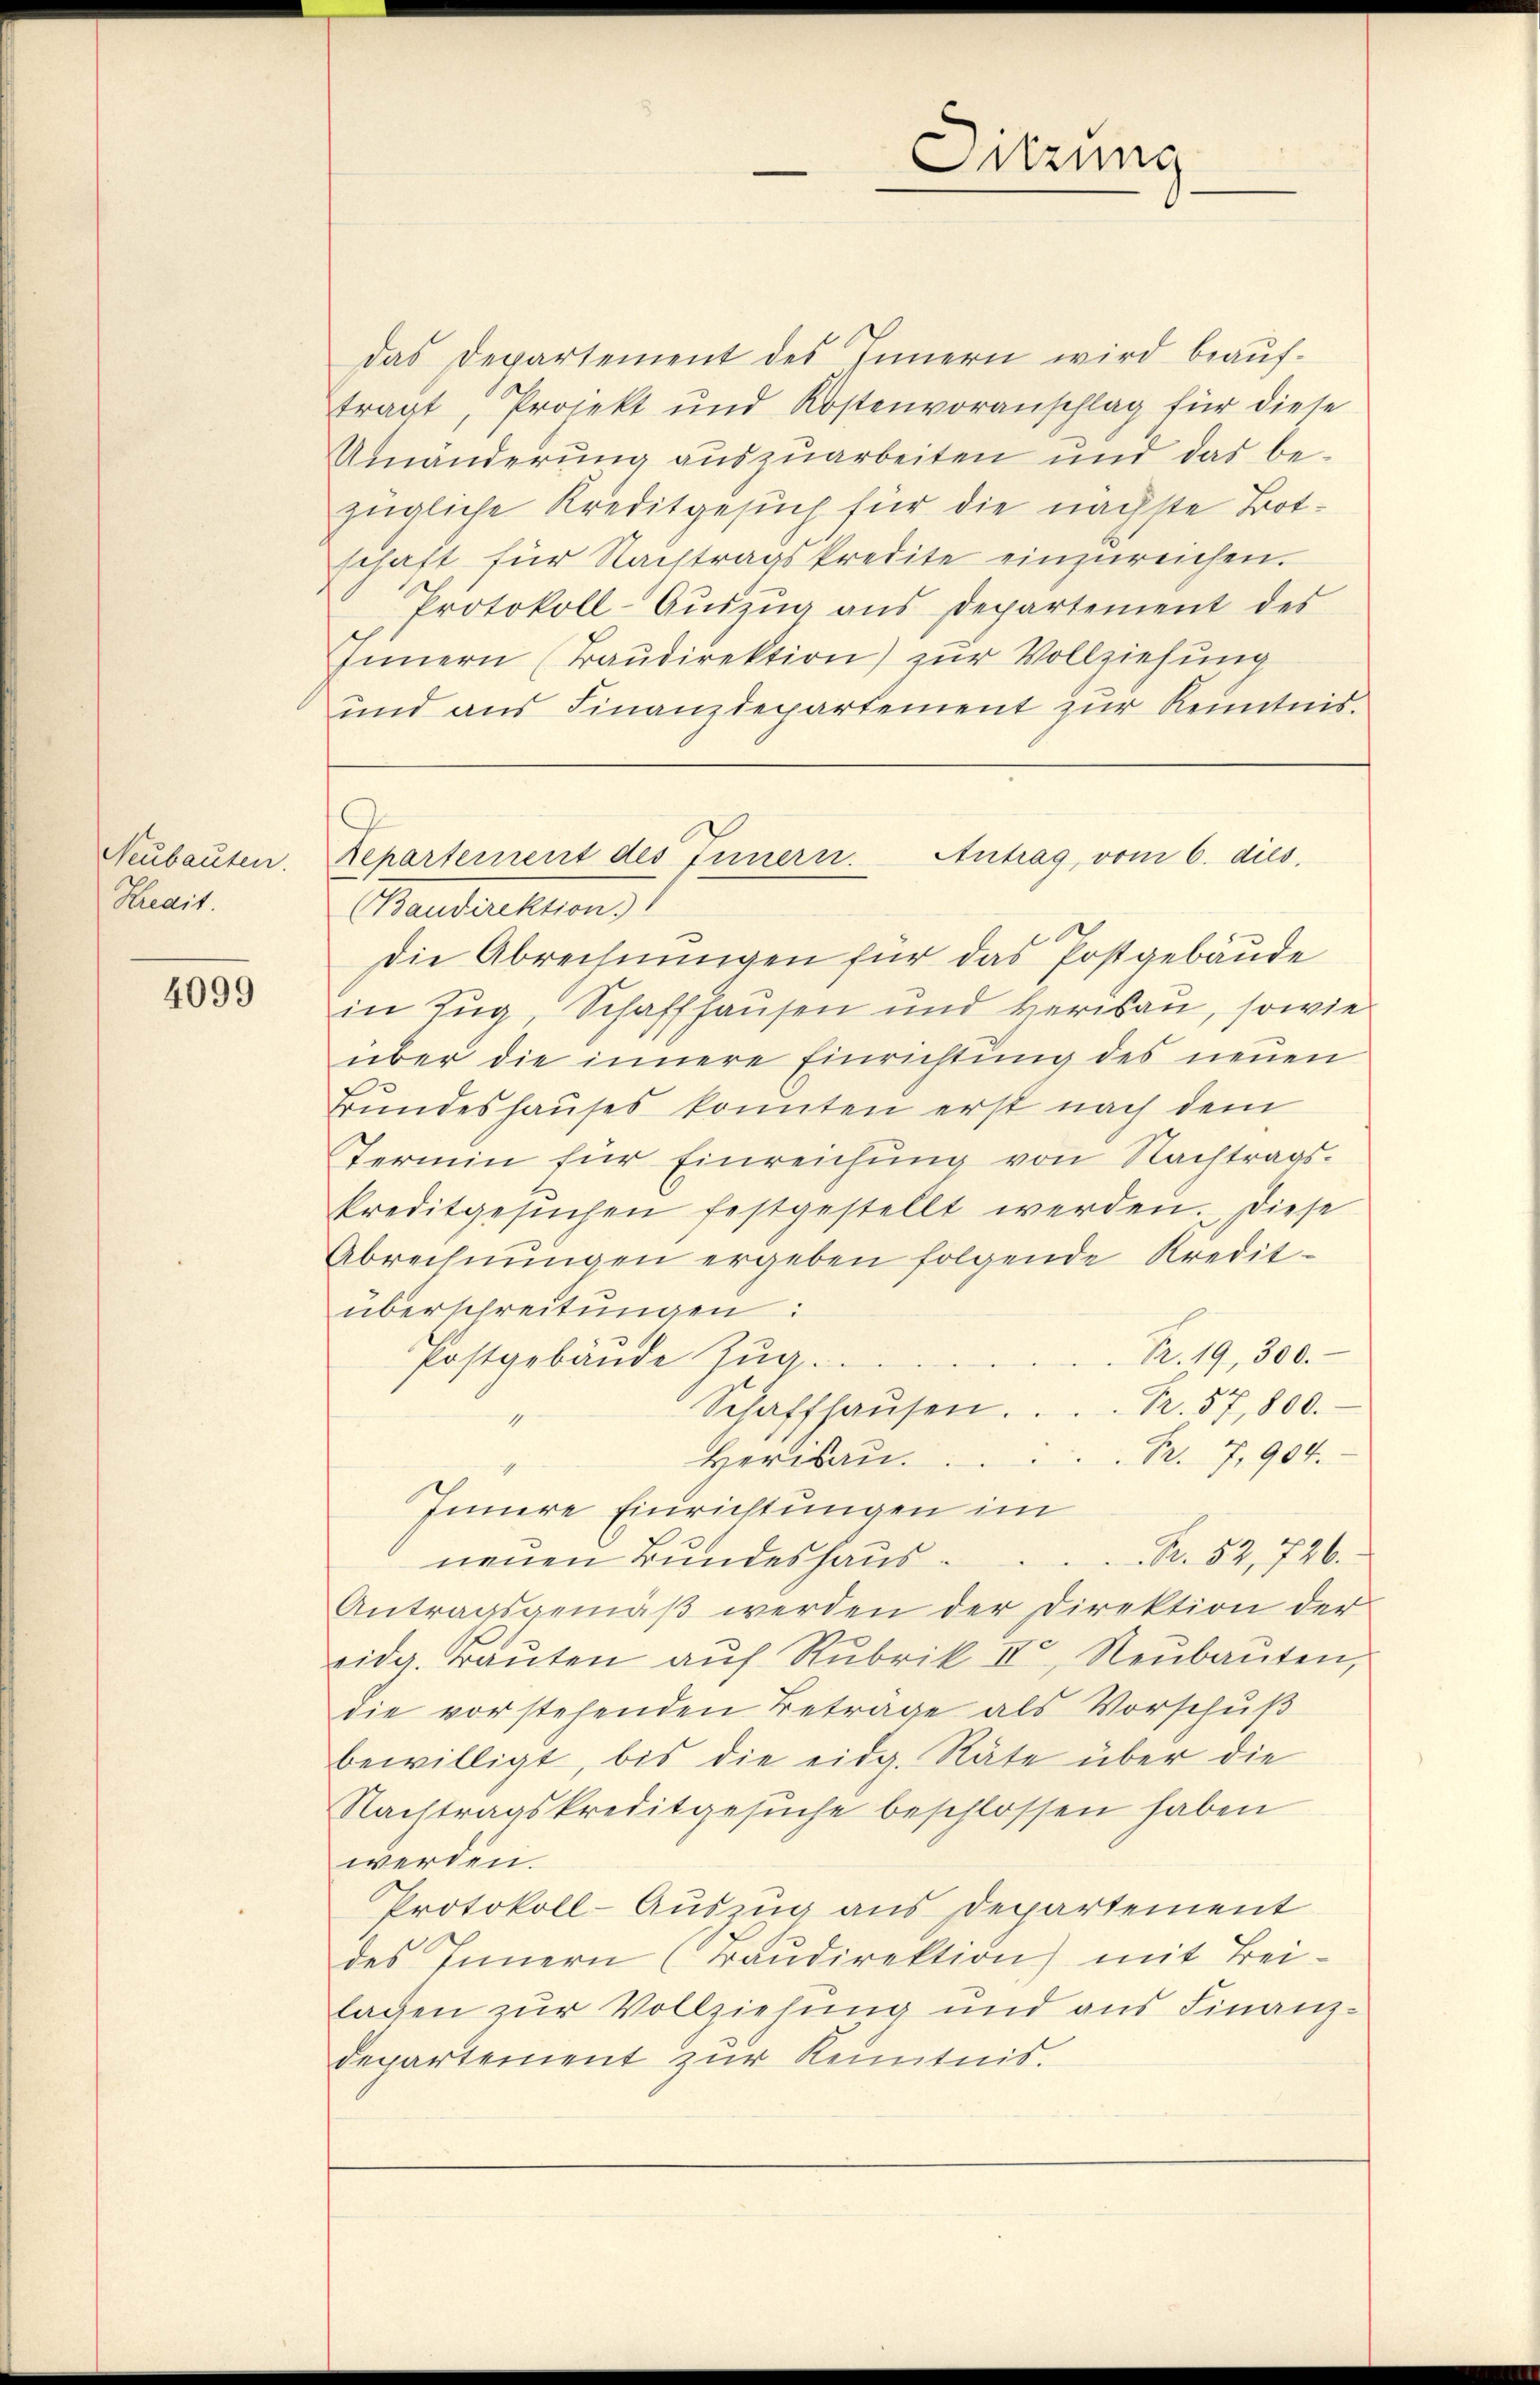
Neubauten.
Kredit

4099

Das Departement des Innern wird beaŭf-
tragt, Projekt und Kostenvoranschlag für diese
Umänderung auszuarbeiten und das bezügliche Kreditgesuch für die nächste Botschaft für Nachtragskredite einzŭreichen.
Protokoll-Auszug aus Departement des
(Baudirektion
die Abrechnungen für das Postgebäude
in Zug, Schaffhausen und Herisau, sowie
über die innere Einrichtung des neuen
Bundeshauses konnten erst nach dem
Termin für Einreichung von Nachtrags-
Preditgesŭchen festgestellt werden. Diese
Abrechnŭngen ergeben folgende Kredit-
überschreitungen:
Fr. 19, 300.
Postgebäude Zug.
Fr. 57, 800.
Schaffhaŭsen.
4
Br. 7, 904.
Heribau.
Innere Einrichtungen im
Fr. 52, 726.
neuen Bundeshaus.
Antragsgemäß werden der Direktion der
eidg. Baŭten aŭf Rubrik II, Neŭbaŭten,
die vorstehenden Betrage als Vorschuß
bewilligt, bis die eidg. Räte über die
Nachtragskreditgesuche beschlossen haben
werden.
Protokoll-Auszug aus Departement
des Innern (Baŭdirektion mit Bei-
lagen zur Vollziehung und aus Finanz-
departement zur Kenntnis.

Innern (Baŭdirektion) zur Vollziehung
und aus Finanzdepartement zur Kenntnis.

Sitzung

Antrag, vom 6. dies
Repartement des Innern.